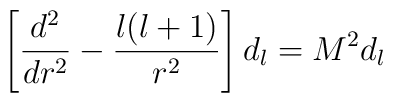
\left[{d^{2}\over dr^{2}}-{l(l+1)\over r^{2}}\right]d_{l}=M^{2}d_{l}